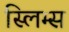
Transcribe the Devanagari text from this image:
स्लिम्स